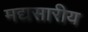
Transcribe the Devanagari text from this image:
मद्यसारीय